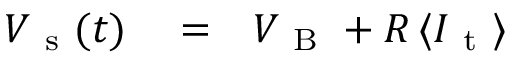
\begin{array} { r l r } { V _ { \mathrm { ~ s ~ } } ( t ) } & { { } = } & { V _ { \mathrm { ~ B ~ } } + R \, \langle I _ { \mathrm { ~ t ~ } } \rangle } \end{array}